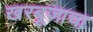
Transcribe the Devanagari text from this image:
खरबूजाचा